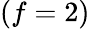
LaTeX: \left(f=2\right)